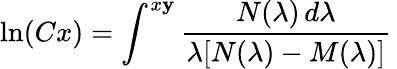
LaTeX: \ln(Cx)=\int^{x\mathbf{y}}{\frac{{N(\lambda)\, d\lambda}}{{\lambda[N(\lambda)-M(\lambda)]}}}\,